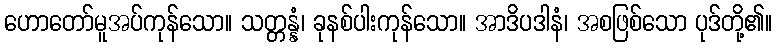
ဟောတော်မူအပ်ကုန်သော။ သတ္တန္နံ၊ ခုနစ်ပါးကုန်သော။ အာဒိပဒါနံ၊ အစဖြစ်သော ပုဒ်တို့၏။